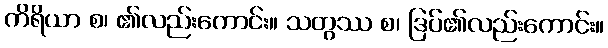
ကိရိယာ စ၊ ၏လည်းကောင်း။ သတွဿ စ၊ ဒြပ်၏လည်းကောင်း။